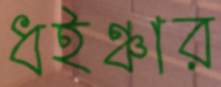
ধইঞ্চার